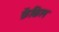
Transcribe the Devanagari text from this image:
फ्रेंकिल